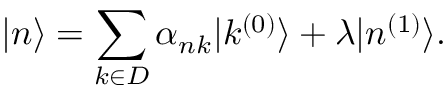
| n \rangle = \sum _ { k \in D } \alpha _ { n k } | k ^ { ( 0 ) } \rangle + \lambda | n ^ { ( 1 ) } \rangle .